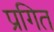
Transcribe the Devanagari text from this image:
प्रगित